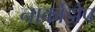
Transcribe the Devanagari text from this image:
नार्कोझेप